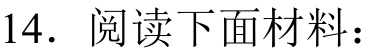
14. 阅读下面材料：